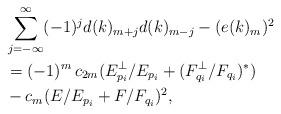
LaTeX: \begin{align*} & \sum_{j=-\infty}^\infty (-1)^j d(k)_{m+j} d(k)_{m-j} - (e(k)_{m})^2 \\ &= (-1)^{m}\,c_{2m}( E_{p_i}^\perp/E_{p_i} + (F_{q_i}^\perp/F_{q_i})^* ) \\ &- c_{m}( E/E_{p_i} + F/F_{q_i})^2,\end{align*}